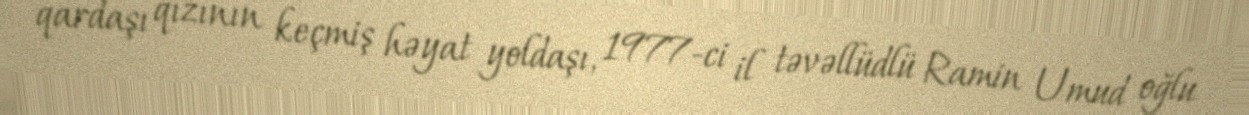
qardaşı qızının keçmiş həyat yoldaşı, 1977-ci il təvəllüdlü Ramin Umud oğlu